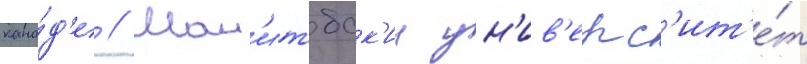
кана́д'е // Ман'итобск'ии ун'ив'ерс'ит'е́т